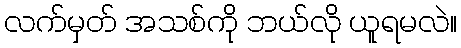
လက်မှတ် အသစ်ကို ဘယ်လို ယူရမလဲ။